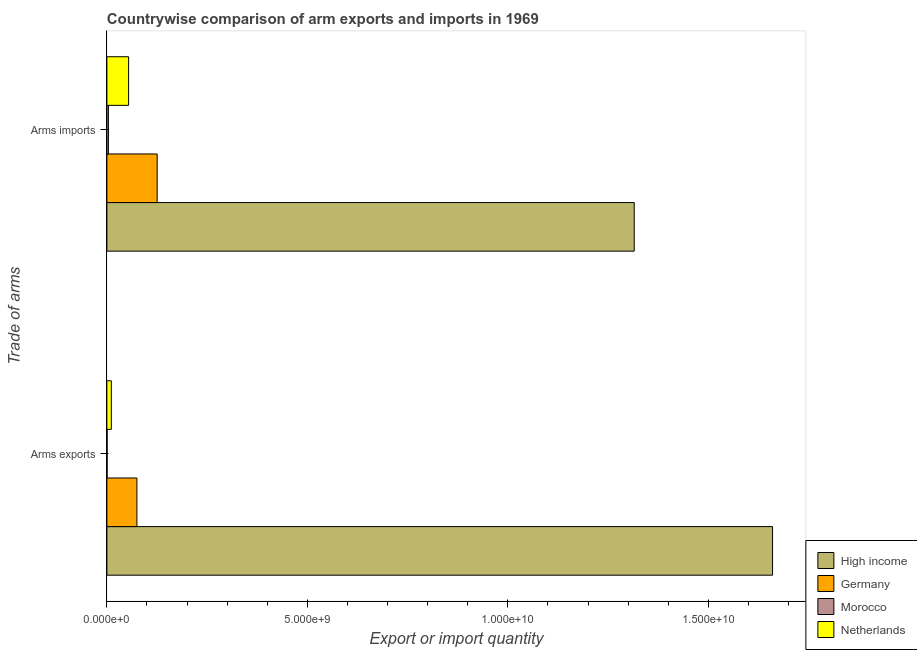
| Trade of arms | High income | Germany | Morocco | Netherlands |
 | --- | --- | --- | --- | --- |
 | Arms exports | 1.66e+10 | 7.49e+08 | 6e+06 | 1.11e+08 |
 | Arms imports | 1.32e+10 | 1.25e+09 | 3.8e+07 | 5.42e+08 |